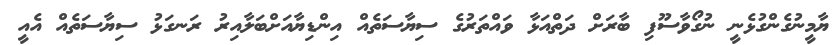
ޔާމީނުގެންގުޅެނީ ނުގޯވާސޫފި ބާރަށް ދަތްއަޅާ ވައްތަރުގެ ސިޔާސަތެއް އިންޑިޔާއަށްބަލާއިރު ރަނގަޅު ސިޔާސަތެއް އެއީ